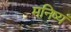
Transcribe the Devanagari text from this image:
मनिष्यं